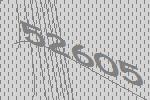
52605